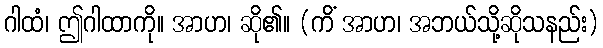
ဂါထံ၊ ဤဂါထာကို။ အာဟ၊ ဆို၏။ (ကိံ အာဟ၊ အဘယ်သို့ဆိုသနည်း)